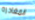
المغادره